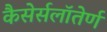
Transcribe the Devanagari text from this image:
कैसेर्सलॉतेर्ण